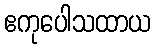
ဧကုပေါသထာယ